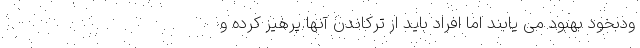
ودبخود بهبود می یابند اما افراد باید از ترکاندن آنها پرهیز کرده و